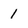
Character: 1